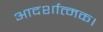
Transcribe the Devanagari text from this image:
आदर्शात्मक।